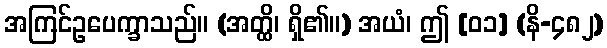
အကြင်ဥပေက္ခာသည်။ (အတ္ထိ၊ ရှိ၏။) အယံ၊ ဤ [၀၁] (နိ-၄၈၂)